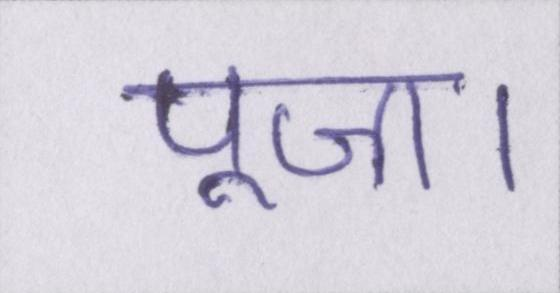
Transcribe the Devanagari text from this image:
पूजा